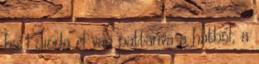
ha 1 dióda el van pattanva a hatból, a